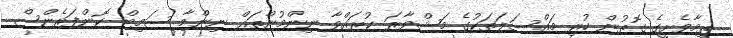
ތިމާވެށީގެ ގޮތުން ހުރި މައްސަލަތަކުގެ މަޝްވާރަ ކުރައްވާ ނިންމުންތައް ނިންމާ ސަމިޓް ކޮންފަރެންސް